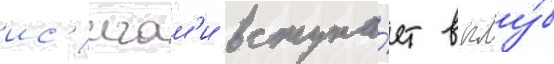
ис'игам'и вступа́ет в клу́б